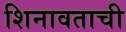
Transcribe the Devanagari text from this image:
शिनावताची